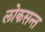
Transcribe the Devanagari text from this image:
लोकसन्त